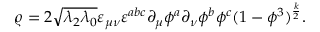
\varrho = 2 \sqrt { \lambda _ { 2 } \lambda _ { 0 } } \varepsilon _ { \mu \nu } \varepsilon ^ { a b c } \partial _ { \mu } \phi ^ { a } \partial _ { \nu } \phi ^ { b } \phi ^ { c } ( 1 - \phi ^ { 3 } ) ^ { \frac { k } { 2 } } .